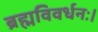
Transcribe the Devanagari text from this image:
ब्रह्मविवर्धनः।